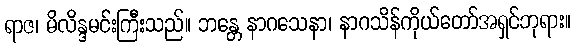
ရာဇ၊ မိလိန္ဒမင်းကြီးသည်။ ဘန္တေ နာဂသေနာ၊ နာဂသိန်ကိုယ်တော်အရှင်ဘုရား။